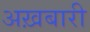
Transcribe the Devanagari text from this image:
अख़बारी